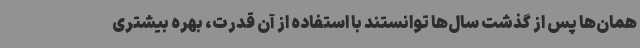
همان‌ها پس از گذشت سال‌ها توانستند با استفاده از آن قدرت، بهره بیشتری